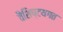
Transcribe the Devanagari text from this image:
वैशिष्टयगत